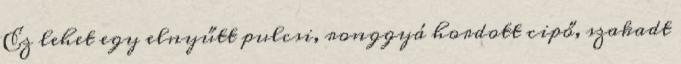
Ez lehet egy elnyűtt pulcsi, ronggyá hordott cipő, szakadt